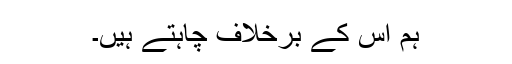
ہم اس کے برخلاف چاہتے ہیں۔